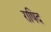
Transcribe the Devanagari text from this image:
राषिद